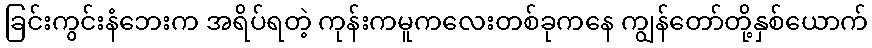
ခြင်းကွင်းနံဘေးက အရိပ်ရတဲ့ ကုန်းကမူကလေးတစ်ခုကနေ ကျွန်တော်တို့နှစ်ယောက်